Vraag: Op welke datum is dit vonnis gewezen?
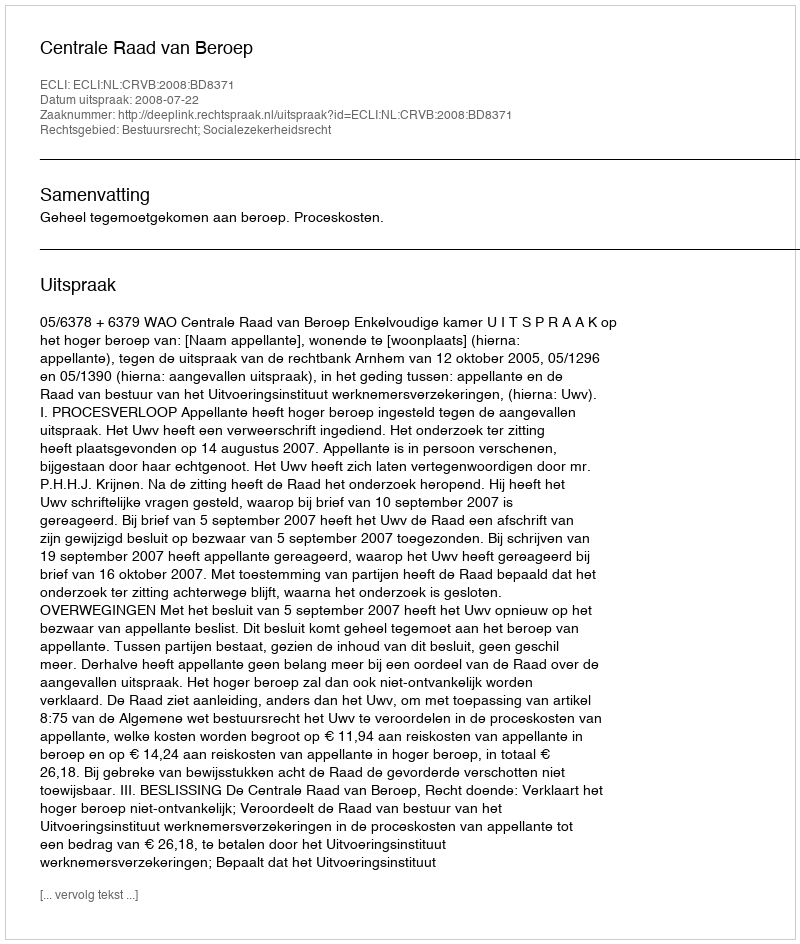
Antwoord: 2008-07-22